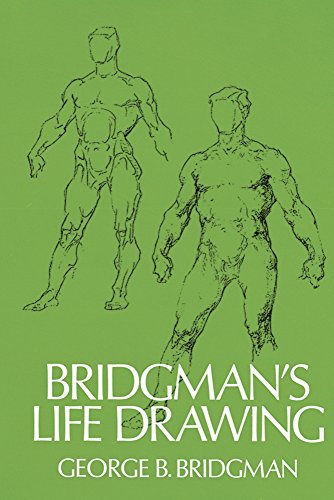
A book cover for Bridgman's Life Drawing (Dover Anatomy for Artists); George B. Bridgman; Arts & Photography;